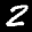
Label: 2